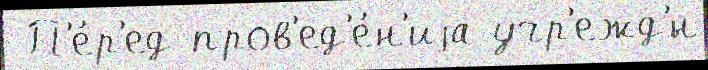
 П'е́р'ед пров'ед'е́н'иjа учр'ежд'́н